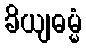
ခိယျဓမ္မံ